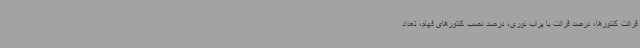
قرائت کنتورها، درصد قرائت با پراب نوری، درصد نصب کنتورهای فهام، تعداد